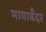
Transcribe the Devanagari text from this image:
मायाबँदर